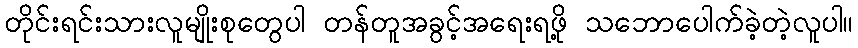
တိုင်းရင်းသားလူမျိုးစုတွေပါ တန်တူအခွင့်အရေးရဖို့ သဘောပေါက်ခဲ့တဲ့လူပါ။